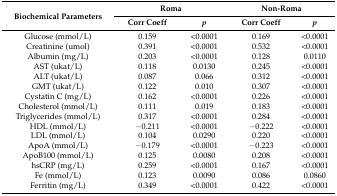
<table><thead><tr><td rowspan="2"><b>Biochemical Parameters</b></td><td colspan="2"><b>Roma</b></td><td colspan="2"><b>Non-Roma</b></td></tr><tr><td><b>Corr Coeff</b></td><td><b><i>p</i></b></td><td><b>Corr Coeff</b></td><td><b><i>p</i></b></td></tr></thead><tbody><tr><td>Glucose (mmol/L)</td><td>0.159</td><td>&lt;0.0001</td><td>0.169</td><td>&lt;0.0001</td></tr><tr><td>Creatinine (umol)</td><td>0.391</td><td>&lt;0.0001</td><td>0.532</td><td>&lt;0.0001</td></tr><tr><td>Albumin (mg/L)</td><td>0.203</td><td>&lt;0.0001</td><td>0.128</td><td>0.0110</td></tr><tr><td>AST (ukat/L)</td><td>0.118</td><td>0.0130</td><td>0.245</td><td>&lt;0.0001</td></tr><tr><td>ALT (ukat/L)</td><td>0.087</td><td>0.066</td><td>0.312</td><td>&lt;0.0001</td></tr><tr><td>GMT (ukat/L)</td><td>0.122</td><td>0.010</td><td>0.307</td><td>&lt;0.0001</td></tr><tr><td>Cystatin C (mg/L)</td><td>0.162</td><td>&lt;0.0001</td><td>0.226</td><td>&lt;0.0001</td></tr><tr><td>Cholesterol (mmol/L)</td><td>0.111</td><td>0.019</td><td>0.183</td><td>&lt;0.0001</td></tr><tr><td>Triglycerides (mmol/L)</td><td>0.317</td><td>&lt;0.0001</td><td>0.284</td><td>&lt;0.0001</td></tr><tr><td>HDL (mmol/L)</td><td>−0.211</td><td>&lt;0.0001</td><td>−0.222</td><td>&lt;0.0001</td></tr><tr><td>LDL (mmol/L)</td><td>0.104</td><td>0.0290</td><td>0.220</td><td>&lt;0.0001</td></tr><tr><td>ApoA (mmol/L)</td><td>−0.179</td><td>&lt;0.0001</td><td>−0.223</td><td>&lt;0.0001</td></tr><tr><td>ApoB100 (mmol/L)</td><td>0.125</td><td>0.0080</td><td>0.208</td><td>&lt;0.0001</td></tr><tr><td>hsCRP (mg/L)</td><td>0.259</td><td>&lt;0.0001</td><td>0.167</td><td>&lt;0.0001</td></tr><tr><td>Fe (mmol/L)</td><td>0.123</td><td>0.0090</td><td>0.086</td><td>0.0860</td></tr><tr><td>Ferritin (mg/L)</td><td>0.349</td><td>&lt;0.0001</td><td>0.422</td><td>&lt;0.0001</td></tr></tbody></table>